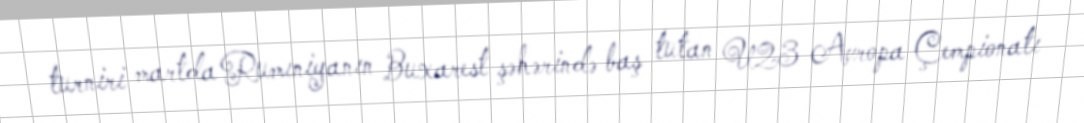
turniri martda Rumıniyanın Buxarest şəhərində baş tutan U23 Avropa Çempionatı